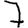
Digit: 7